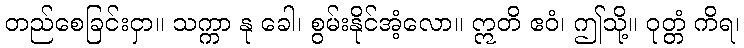
တည်စေခြင်းငှာ။ သက္ကာ နု ခေါ၊ စွမ်းနိုင်အံ့လော။ ဣတိ ဧဝံ၊ ဤသို့။ ဝုတ္တံ ကိရ၊